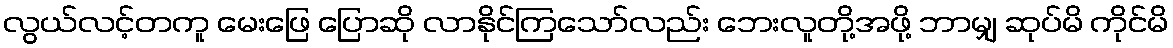
လွယ်လင့်တကူ မေးဖြေ ပြောဆို လာနိုင်ကြသော်လည်း ဘေးလူတို့အဖို့ ဘာမျှ ဆုပ်မိ ကိုင်မိ